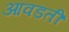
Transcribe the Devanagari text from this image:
आवडतीं